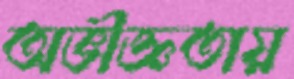
অভীজ্ঞতায়